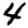
Digit: 4